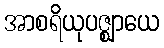
အာစရိယုပဇ္ဈာယေ